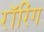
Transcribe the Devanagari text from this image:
रॉरिंग